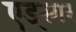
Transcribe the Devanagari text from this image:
एड्स्गर